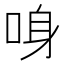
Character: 𠲳